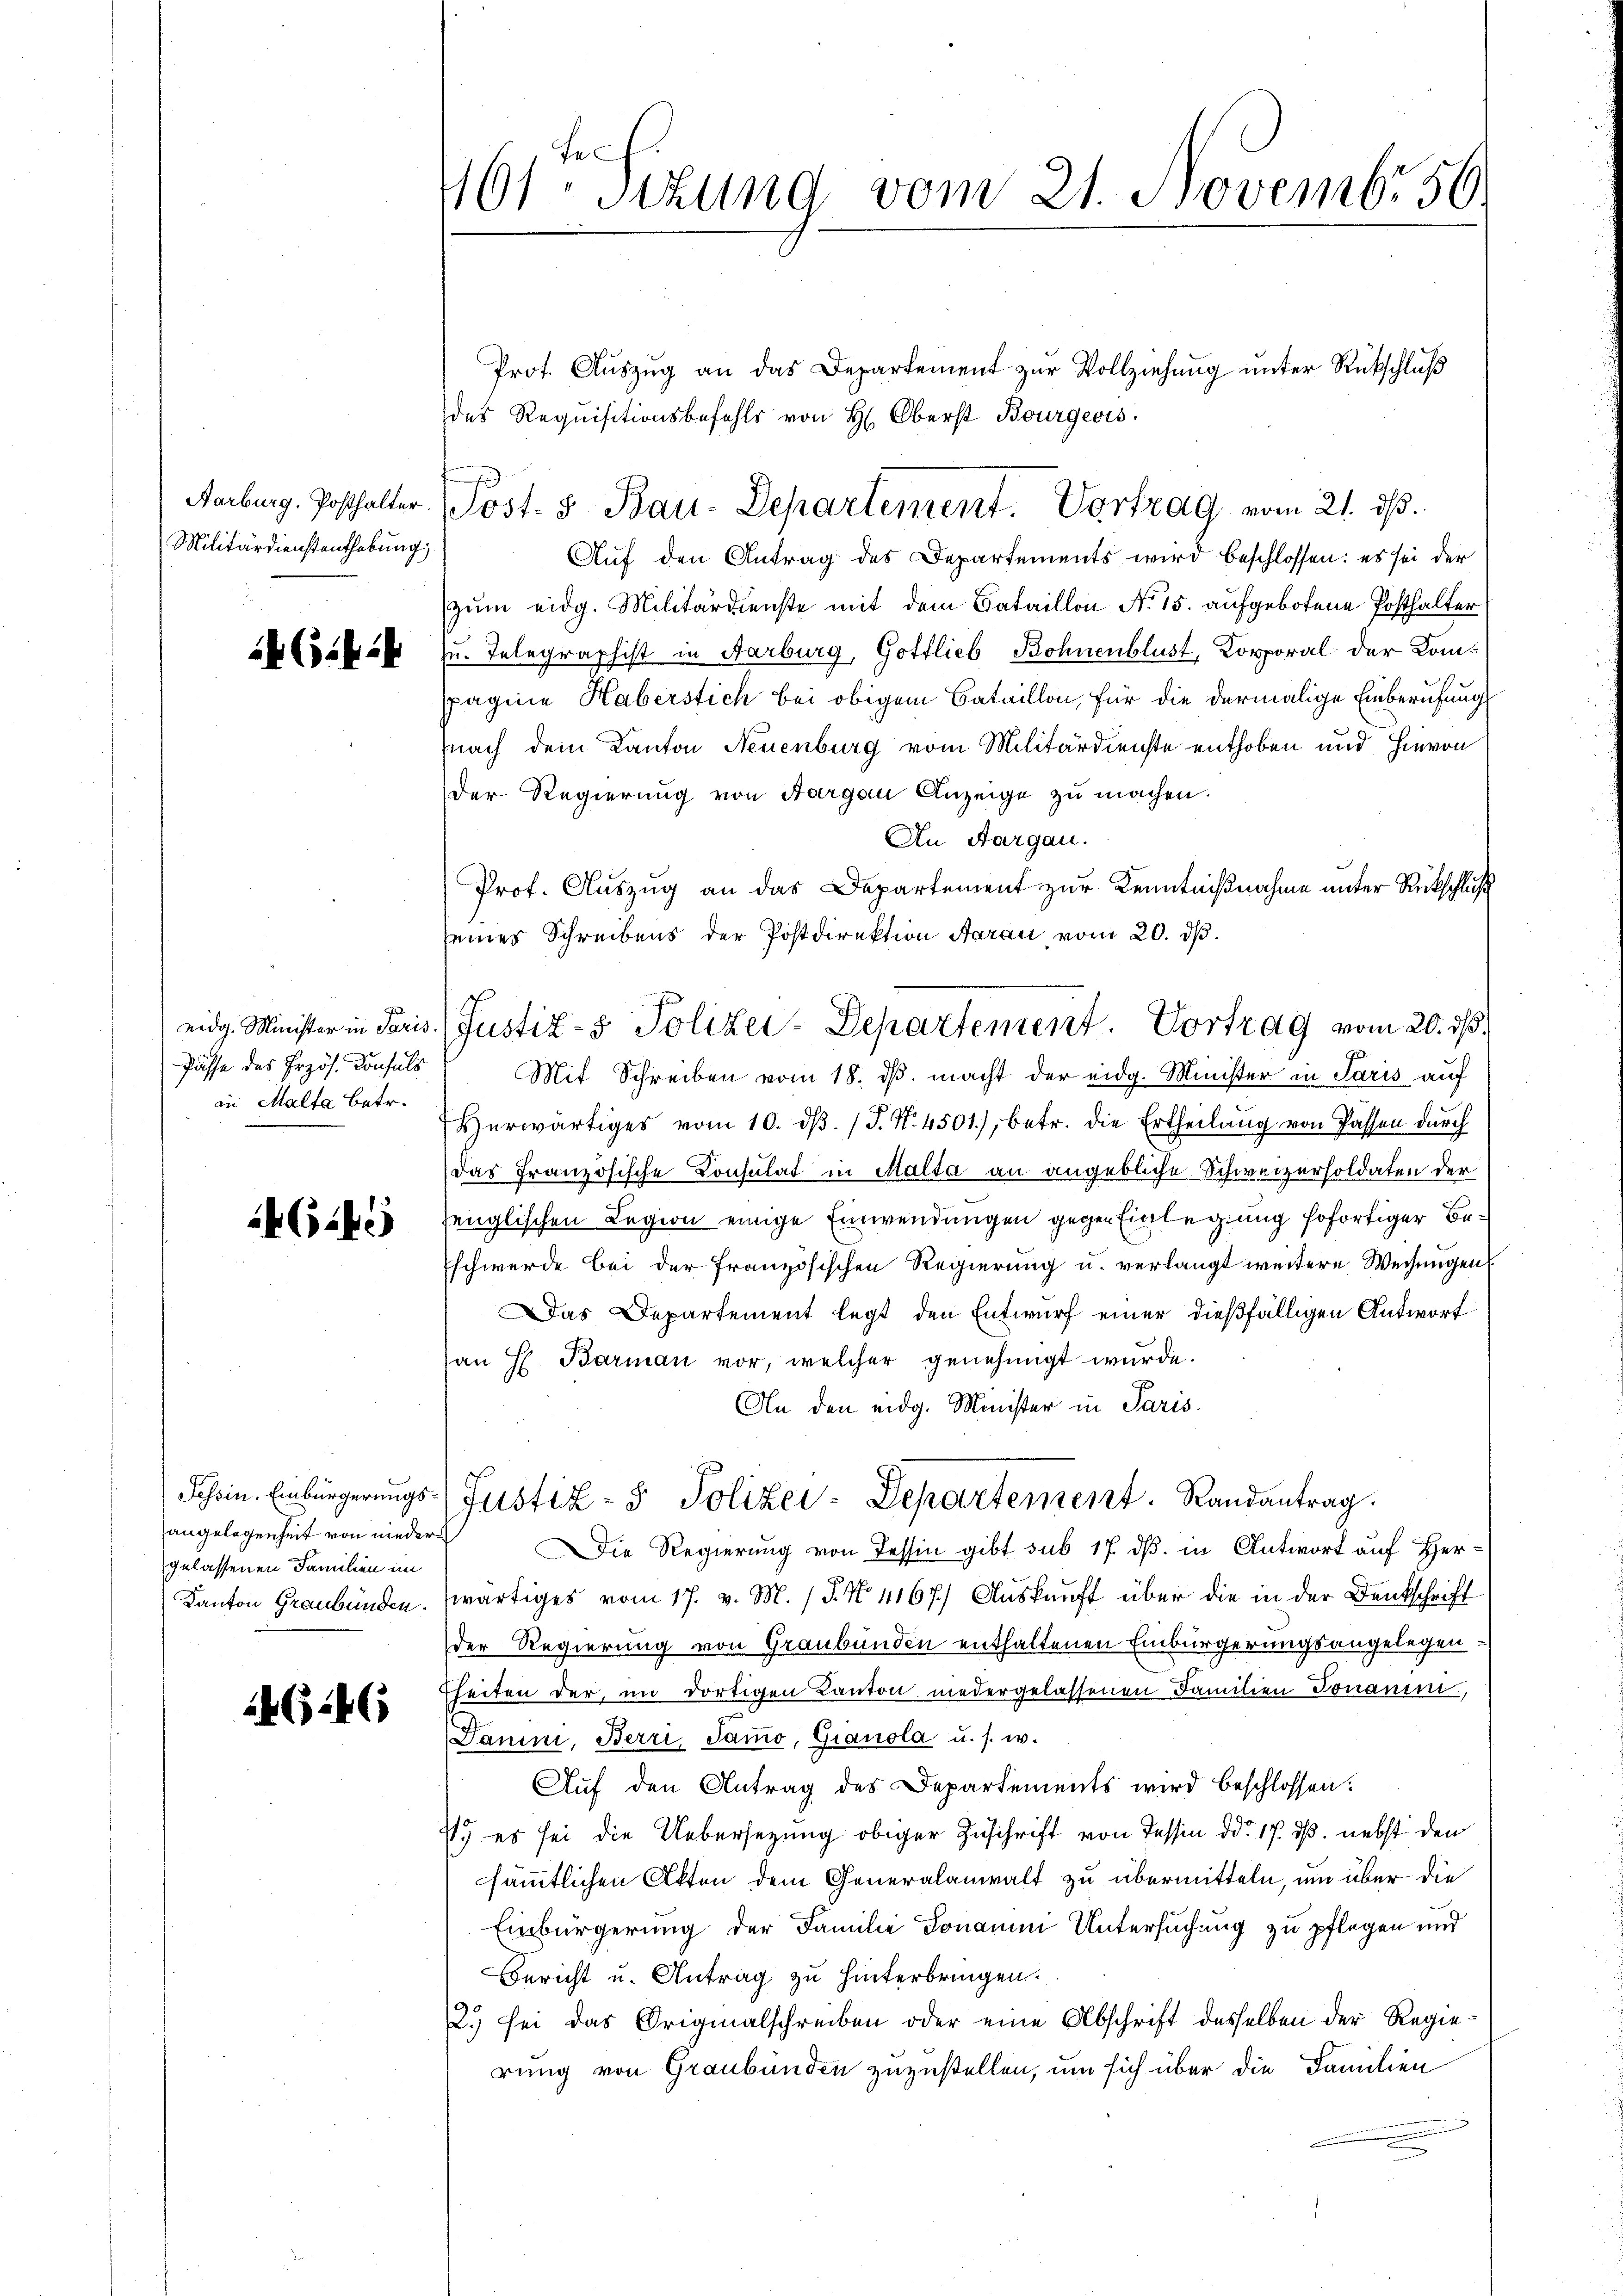
Militärdienstenthebung

KG.24

Püsse des Erzös. Konsuls
in Malta betr.

4(BG

angelegenheit von niedergelassenen Familien im

46446

161te Sizung vom 21. Novembr 50.

Prot. Aŭszŭg an das Departement zŭr Vollziehŭng ŭnter Rückschlŭβ
des Requisitionsbefehls von H. Oberst Bourgeois
Auf den Antrag des Departements wird beschlossen: es sei der
zum eidg. Militärdienste mit dem Bataillon No 15. aufgebotene Posthalter
zu. Telegraphist in Aarburg, Gottlieb Bohnenblust, Korporal der Komppagine Haberstich bei obigem Bataillon, für die dermalige Einberufung
nach dem Kanton Neuenburg vom Militärdienste enthoben und hievon
Der Regierung von Aargau Anzeige zŭ machen:
An Aargau.
Prof. Auszug an das Departement zur Kenntnißnahme unter Rückschluß
seines Schreibens der Postdirektion Aarau, vom 20. dß.
Mit Schreiben vom 18. dβ macht der eidg. Minister in Paris auf
Herwärtiges vom 10. dβ. / P. N. 4501), betr. die Ertheilung von Passen durch
das französische Consulat in Malta an angebliche Schweizersoldaten der
fenglischen Legion einige Einwendungen gegen Einlegung sofortiger Beschwerde bei der französischen Regierung u. verlangt weitere Weisungen
Das Departement legt den Entwurf einer dießfälligen Antwort
an H. Barman vor, welcher genehmigt wurde.
An den eidg. Minister in Paris.
Schein. Einbürgerungs- Justiz- & Polizei-Departement. Randantrag.
Die Regierung von Tessin gibt sub 17. dß. in Antwort auf Her¬
Kanton Graubünden. Zwärtiges vom 17. v. M. (T. No. 4167.) Auskunft über die in der Denkschrift
der Regierung von Graubünden enthaltenen Einbürgerungsangelegen
heiten der, im dortigen Kanton niedergelassenen Familien Donauen,
Darini, Berri, Samo, Gianola u. s. w.
Auf den Antrag des Departements wird beschlossen:
1. es sei die Uebersezung obiger Zuschrift von Tessin ddo 17. dß. nebst den
sämmtlichen Akten dem Generalanwalt zu übermitteln, um über die
Einbürgerung der Familie Jonauui Untersuchung zu pflegen und
Bericht u. Antrag zu hinterbringen.
2.) sei das Originalschreiben oder eine Abschrift desselben der Regierung von Graubünden zuzustellen, um sich über die Familien

Aarburg. Posthalter Post- & Bau-Departement. Vortrag vom 21. ds.

eidg. Minister in Paris. (Justiz- & Polizei-Departement. Vortrag vom 20. ds.